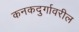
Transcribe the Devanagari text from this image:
कनकदुर्गावरील